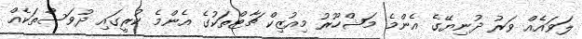
ލަވައެއް ވަރު ދުނިޔޭގެ އެންމެ މަޝްހޫރު މިއުޒިކް ޗާޓްތަކުގެ އެންމެ ކުރީގައި ދުވަސްތަކެއް